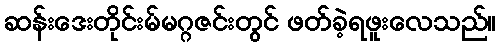
ဆန်းဒေးတိုင်းမ်မဂ္ဂဇင်းတွင် ဖတ်ခဲ့ရဖူးလေသည်။